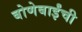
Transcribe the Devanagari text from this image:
बोणेबाईंची